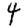
Digit: 4